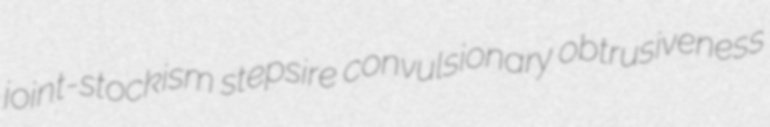
joint-stockism stepsire convulsionary obtrusiveness